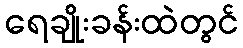
ရေချိုးခန်းထဲတွင်